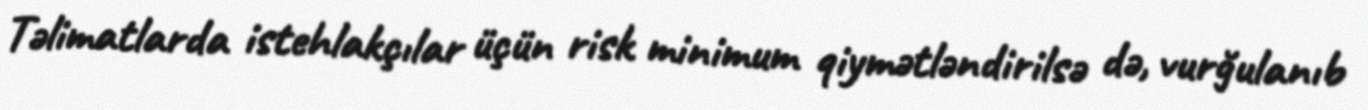
Təlimatlarda istehlakçılar üçün risk minimum qiymətləndirilsə də, vurğulanıb